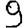
Digit: 9